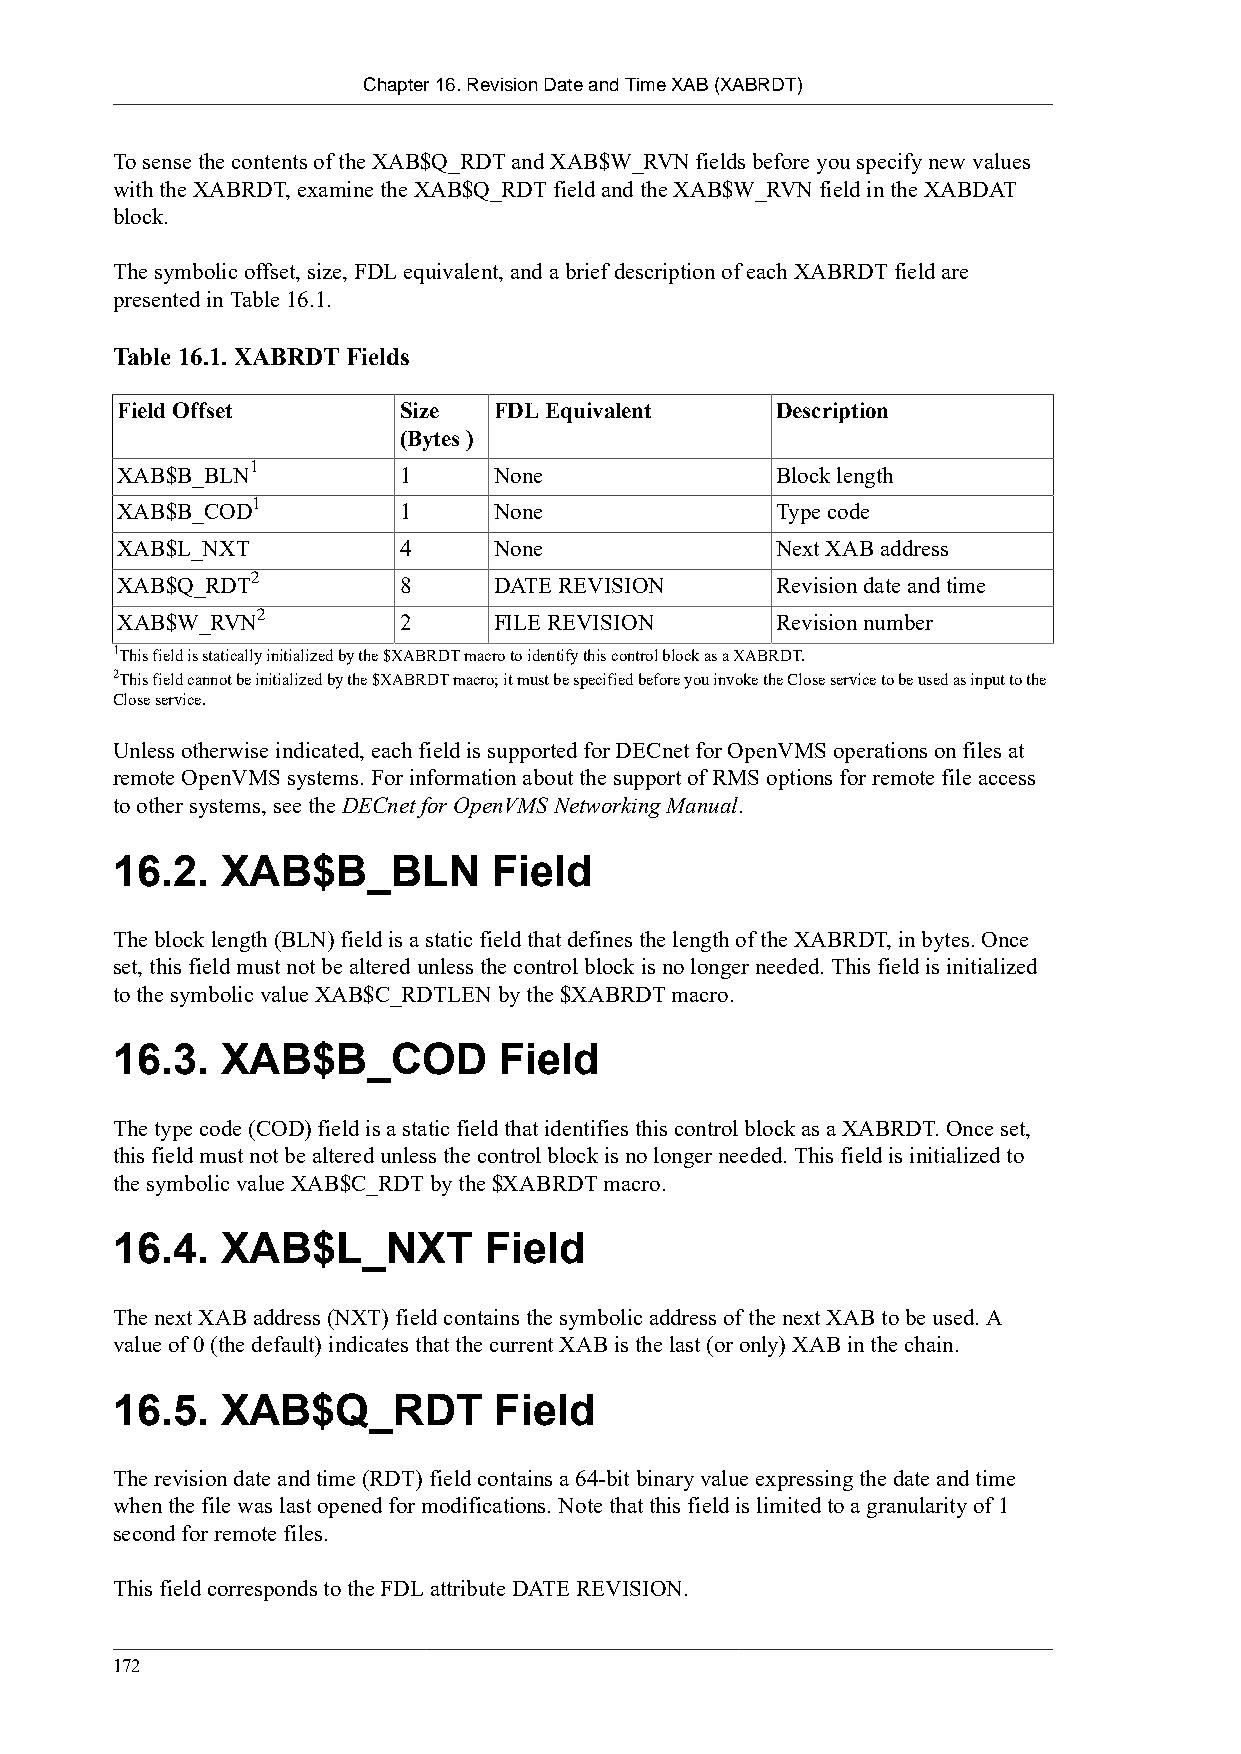
Chapter 16. Revision Date and Time XAB (XABRDT)
 To sense the contents of the XAB$Q_RDT and XAB$W_RVN fields before you specify new values
 with the XABRDT, examine the XAB$Q_RDT field and the XAB$W_RVN field in the XABDAT
 block.
 The symbolic offset, size, FDL equivalent, and a brief description of each XABRDT field are
 presented in Table 16.1.
 Table 16.1. XABRDT Fields
 Field Offset      Size   FDL Equivalent    Description
 (Bytes )
 1
 XAB$B_BLN         1      None              Block length
 1
 XAB$B_COD         1      None              Type code
 XAB$L_NXT         4      None              Next XAB address
 2
 XAB$Q_RDT         8      DATE REVISION     Revision date and time
 2
 XAB$W_RVN         2      FILE REVISION     Revision number
 1This field is statically initialized by the $XABRDT macro to identify this control block as a XABRDT.
 2This field cannot be initialized by the $XABRDT macro; it must be specified before you invoke the Close service to be used as input to the
 Close service.
 Unless otherwise indicated, each field is supported for DECnet for OpenVMS operations on files at
 remote OpenVMS systems. For information about the support of RMS options for remote file access
 to other systems, see the DECnet for OpenVMS Networking Manual.
 16.2.   XAB$B_BLN         Field
 The block length (BLN) field is a static field that defines the length of the XABRDT, in bytes. Once
 set, this field must not be altered unless the control block is no longer needed. This field is initialized
 to the symbolic value XAB$C_RDTLEN by the $XABRDT macro.
 16.3.   XAB$B_COD         Field
 The type code (COD) field is a static field that identifies this control block as a XABRDT. Once set,
 this field must not be altered unless the control block is no longer needed. This field is initialized to
 the symbolic value XAB$C_RDT by the $XABRDT macro.
 16.4.   XAB$L_NXT        Field
 The next XAB address (NXT) field contains the symbolic address of the next XAB to be used. A
 value of 0 (the default) indicates that the current XAB is the last (or only) XAB in the chain.
 16.5.   XAB$Q_RDT         Field
 The revision date and time (RDT) field contains a 64-bit binary value expressing the date and time
 when the file was last opened for modifications. Note that this field is limited to a granularity of 1
 second for remote files.
 This field corresponds to the FDL attribute DATE REVISION.
 172